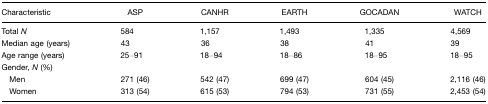
| Characteristic | ASP | CANHR | EARTH | GOCADAN | WATCH |
 | --- | --- | --- | --- | --- | --- |
 | Total N | 584 | 1,157 | 1,493 | 1,335 | 4,569 |
 | Median age (years) | 43 | 36 | 38 | 41 | 39 |
 | Age range (years) | 25–91 | 18–94 | 18–86 | 18–95 | 18–95 |
 | Gender, N (%) |  |  |  |  |  |
 | Men | 271 (46) | 542 (47) | 699 (47) | 604 (45) | 2,116 (46) |
 | Women | 313 (54) | 615 (53) | 794 (53) | 731 (55) | 2,453 (54) |